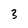
Character: 3